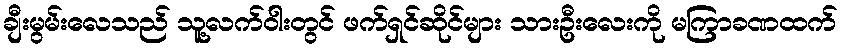
ချီးမွမ်းလေသည် သူ့လက်ဝါးတွင် ဖက်ရှင်ဆိုင်များ သားဦးလေးကို မကြာခဏထက်